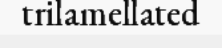
trilamellated